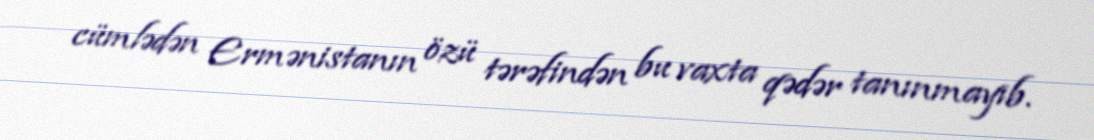
cümlədən Ermənistanın özü tərəfindən bu vaxta qədər tanınmayıb.